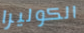
الكوليرا